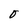
Character: O